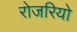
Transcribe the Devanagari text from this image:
रोजरियो